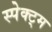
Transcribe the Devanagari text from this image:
स्पेक्ट्म